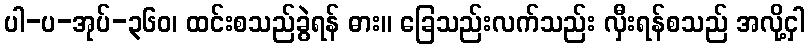
ပါ-ပ-အုပ်-၃၆၀၊ ထင်းစသည်ခွဲရန် ဓား။ ခြေသည်းလက်သည်း လှီးရန်စသည် အလို့ငှါ